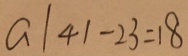
a \vert 4 1 - 2 3 = 1 8